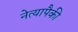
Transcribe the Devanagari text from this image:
नेत्यापैकी